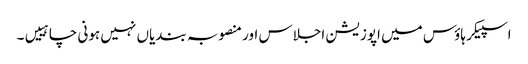
اسپیکر ہاؤس میں اپوزیشن اجلاس اور منصوبہ بندیاں نہیں ہونی چاہییں۔